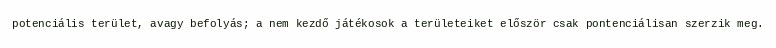
potenciális terület, avagy befolyás; a nem kezdő játékosok a területeiket először csak pontenciálisan szerzik meg.